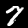
Digit: 7